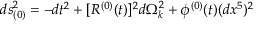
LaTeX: d s _ { ( 0 ) } ^ { 2 } = - d t ^ { 2 } + [ R ^ { ( 0 ) } ( t ) ] ^ { 2 } d \Omega _ { k } ^ { 2 } + \phi ^ { ( 0 ) } ( t ) ( d x ^ { 5 } ) ^ { 2 }